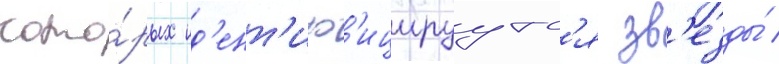
кото́рых ид'ент'иф'ицируутс'я зв'езды́ /